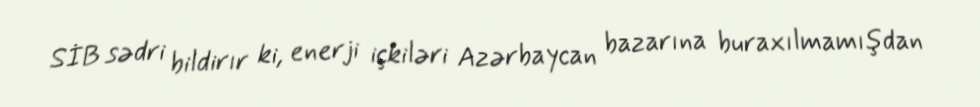
SİB sədri bildirır ki, enerji içkiləri Azərbaycan bazarına buraxılmamışdan